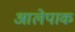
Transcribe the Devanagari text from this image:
आलेपाक